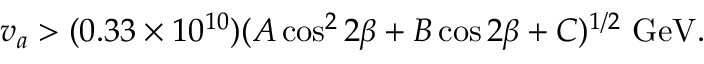
v _ { a } > ( 0 . 3 3 \times 1 0 ^ { 1 0 } ) ( A \cos ^ { 2 } 2 \beta + B \cos 2 \beta + C ) ^ { 1 / 2 } \ \mathrm { G e V } .